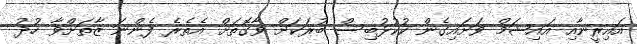
އައިރީނާއި އައިޝަމް ވަށައިގެން ކުކުޅުބިސް ބުރަކަށް ވާގޮތަށް އެތެރެ ފެންނަ ޒާތަށްވާ ހުދު